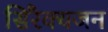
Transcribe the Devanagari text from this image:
सिरैक्यजन